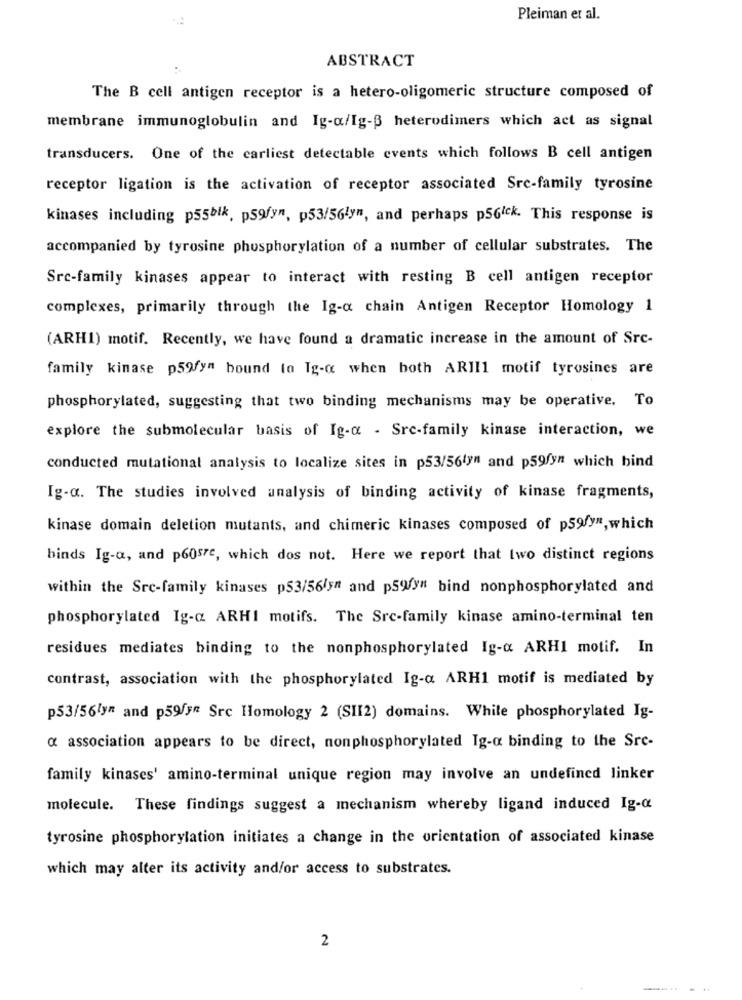
Pleiman er al.
ABSTRACT
The B cell antigen receptor is a hetero-oligomeric structure composed of
membrane immunoglobulin and Ig-a/Ig- heterodimers which act as signal
transducers. One of the earliest detectable events which follows B cell antigen
receptor ligation is the activation of receptor associated Src-family tyrosine
kinases including pssbik, ps9fyn, p53/56ly", and perhaps p5Gick. This response is
accompanied by tyrosine phosphorylation of a number of cellular substrates. The
Src-family kinases appear to interact with resting B cell antigen receptor
complexes, primarily through the Ig-a chain Antigen Receptor Homology 1
(ARHI) motif. Recently, we have found a dramatic increase in the amount of Src-
family kinase p59fy" bound to Ig-a when both ARII1 motif tyrosines are
phosphorylated, suggesting that two binding mechanisms may be operative. To
explore the submolecular basis of Ig-c . Src-family kinase interaction, we
conducted mutational analysis to localize sites in p53/56tyn and p59fyn which bind
Ig-a. The studies involved analysis of binding activity of kinase fragments,
kinase domain deletion mutants, and chimeric kinases composed of p59/yn, which
binds Ig-a, and p60sre, which dos not. Here we report that two distinct regions
within the Src-family kinases p53/56/ynt and p59/y# bind nonphosphorylated and
phosphorylated Ig-a ARHI motifs. The Src-family kinase amino-terminal ten
residues mediates binding to the nonphosphorylated Ig-a ARHI motif. In
contrast, association with the phosphorylated Ig-a ARH1 motif is mediated by
p53/56lyn and p59/s" Src Homology 2 (SII2) domains. While phosphorylated Ig-
a association appears to be direct, nonphosphorylated Ig-o binding to the Src-
family kinases' amino-terminal unique region may involve an undefined linker
molecule. These findings suggest a mechanism whereby ligand induced Ig-a
tyrosine phosphorylation initiates a change in the orientation of associated kinase
which may alter its activity and/or access to substrates.
2